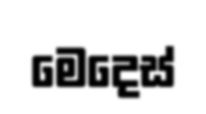
මෙදෙස්